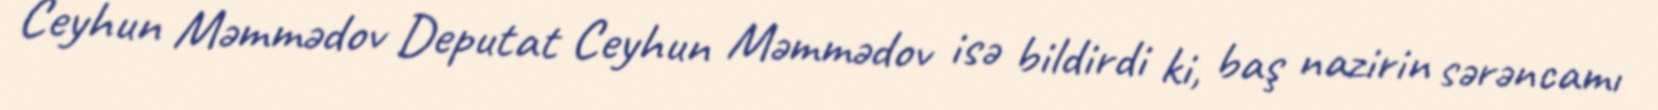
Ceyhun Məmmədov Deputat Ceyhun Məmmədov isə bildirdi ki, baş nazirin sərəncamı